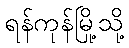
ရန်ကုန်မြို့သို့